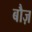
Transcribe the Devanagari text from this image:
बौज़